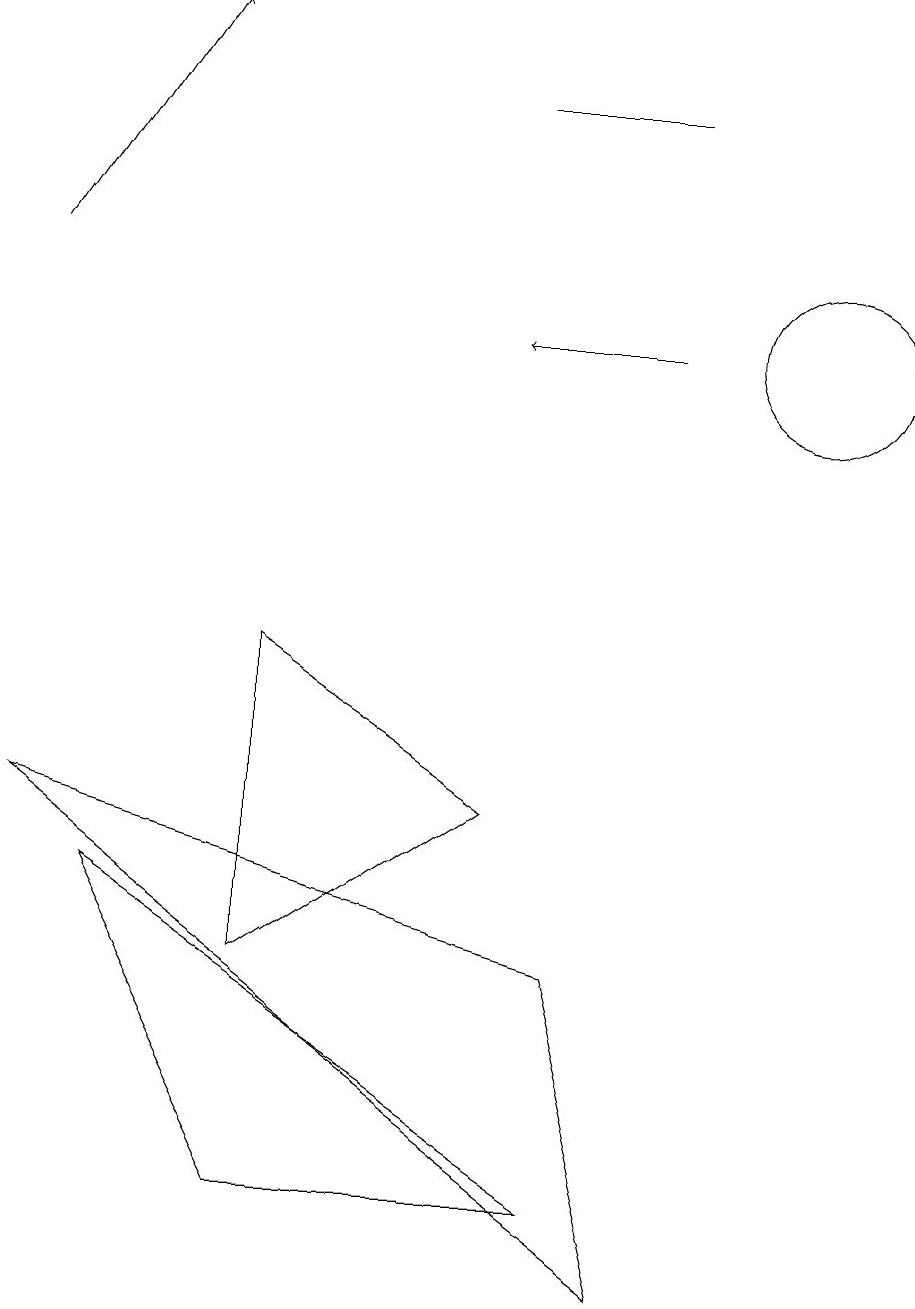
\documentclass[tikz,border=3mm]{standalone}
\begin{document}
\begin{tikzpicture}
\draw (6,15) rectangle (8,15);
\draw (6,6) -- (3,4) -- (3,8) -- cycle;
\draw (8,0) -- (0,6) -- (7,4) -- cycle;
\draw[->] (8,12) -- (6,12);
\draw (10,12) circle (1);
\draw (3,1) -- (1,5) -- (7,1) -- cycle;
\draw[->] (0,13) -- (2,16);
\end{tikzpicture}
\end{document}